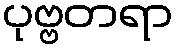
ပုဗ္ဗတရာ